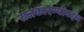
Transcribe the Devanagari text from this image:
राजकारण्यांबद्दल